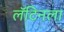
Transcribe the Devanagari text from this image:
लॅटिनला